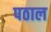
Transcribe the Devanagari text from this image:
पठाल